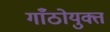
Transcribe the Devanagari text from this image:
गाँठोयुक्त